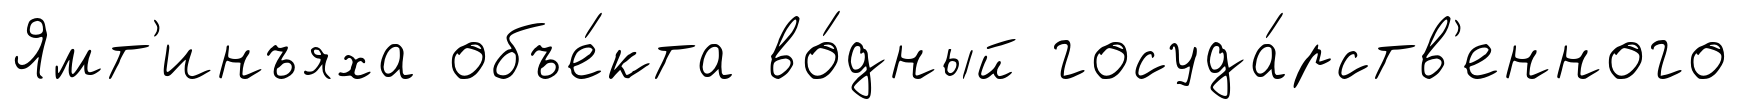
Ямт'инъяха объе́кта во́дный госуда́рств'енного